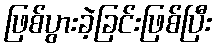
ဖြစ်ပွားခဲ့ခြင်းဖြစ်ပြီး